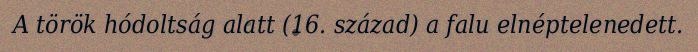
A török hódoltság alatt (16. század) a falu elnéptelenedett.